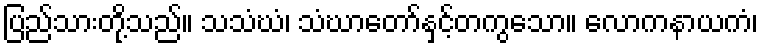
ပြည်သားတို့သည်။ သသံဃံ၊ သံဃာတော်နှင့်တကွသော။ လောကနာယကံ၊